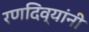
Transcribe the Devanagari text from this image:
रणदिव्यांनी